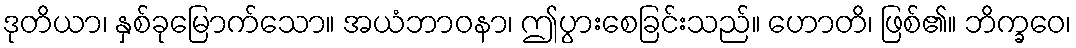
ဒုတိယာ၊ နှစ်ခုမြောက်သော။ အယံဘာဝနာ၊ ဤပွားစေခြင်းသည်။ ဟောတိ၊ ဖြစ်၏။ ဘိက္ခဝေ၊